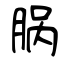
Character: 脶